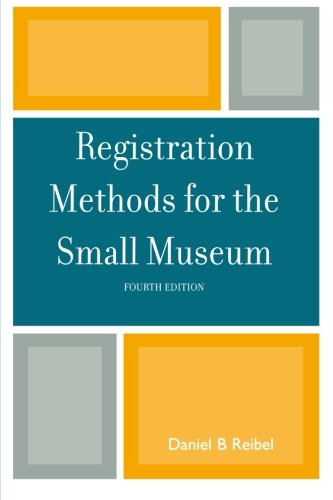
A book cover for Registration Methods for the Small Museum (American Association for State and Local History); Daniel B Reibel; Business & Money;